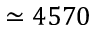
\simeq 4 5 7 0